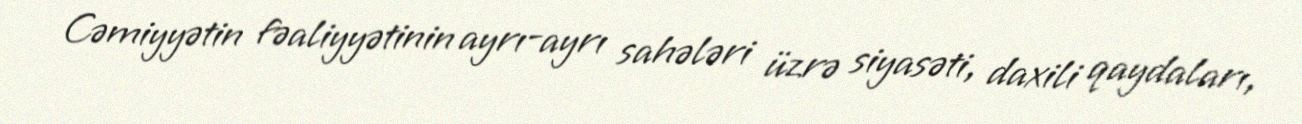
Cəmiyyətin fəaliyyətinin ayrı-ayrı sahələri üzrə siyasəti, daxili qaydaları,